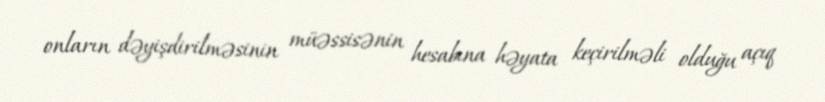
onların dəyişdirilməsinin müəssisənin hesabına həyata keçirilməli olduğu açıq